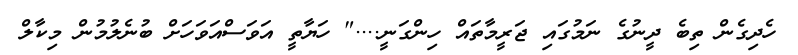
ހެދިގެން ތިބެ ދީނުގެ ނަމުގައި ޖަރީމާތައް ހިންގަނީ...." ހަޔާތީ އަވަސްއަވަހަށް ބުނެލުމުން މިކާލް